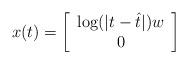
LaTeX: \begin{align*}x(t)=\left[\begin{array}{c} \log(\vert t-\hat t\vert)w\\0 \end{array}\right]\end{align*}